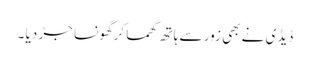
ڈیڈی نے بھی زور سے ہاتھ گھما کرگھونسا جڑ دیا ۔